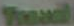
Treuil